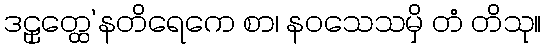
ဒဠှတ္ထေ’နတိရေကေ စာ၊ နဝသေသမှိ တံ တိသု။